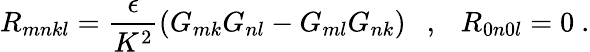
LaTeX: R_{mnkl}=\frac{\epsilon}{K^{2}}\left(G_{mk}G_{nl}-G_{ml}G_{nk}\right)\ \ \ ,\ \ \ R_{0n0l}=0\ .